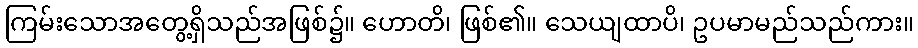
ကြမ်းသောအတွေ့ရှိသည်အဖြစ်၌။ ဟောတိ၊ ဖြစ်၏။ သေယျထာပိ၊ ဥပမာမည်သည်ကား။